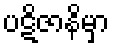
ပဋိဇာနိမှာ